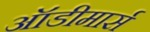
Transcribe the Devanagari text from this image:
ऑडीमार्स